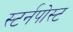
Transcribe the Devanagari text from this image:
स्टर्नपोस्ट